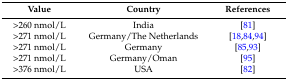
<table><thead><tr><td><b>Value</b></td><td><b>Country</b></td><td><b>References</b></td></tr></thead><tbody><tr><td>&gt;260 nmol/L</td><td>India</td><td>[81]</td></tr><tr><td>&gt;271 nmol/L</td><td>Germany/The Netherlands</td><td>[18,84,94]</td></tr><tr><td>&gt;271 nmol/L</td><td>Germany</td><td>[85,93]</td></tr><tr><td>&gt;271 nmol/L</td><td>Germany/Oman</td><td>[95]</td></tr><tr><td>&gt;376 nmol/L</td><td>USA</td><td>[82]</td></tr></tbody></table>